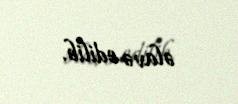
əlavə edilib.